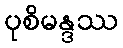
ပုစိမန္ဒဿ